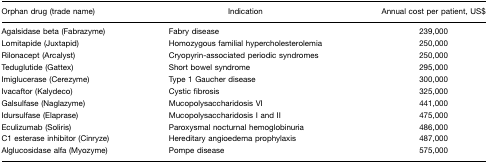
| Orphan drug (trade name) | Indication | Annual cost per patient, US$ |
 | --- | --- | --- |
 | Agalsidase beta (Fabrazyme) | Fabry disease | 239,000 |
 | Lomitapide (Juxtapid) | Homozygous familial hypercholesterolemia | 250,000 |
 | Rilonacept (Arcalyst) | Cryopyrin-associated periodic syndromes | 250,000 |
 | Teduglutide (Gattex) | Short bowel syndrome | 295,000 |
 | Imiglucerase (Cerezyme) | Type 1 Gaucher disease | 300,000 |
 | Ivacaftor (Kalydeco) | Cystic fibrosis | 325,000 |
 | Galsulfase (Naglazyme) | Mucopolysaccharidosis VI | 441,000 |
 | Idursulfase (Elaprase) | Mucopolysaccharidosis I and II | 475,000 |
 | Eculizumab (Soliris) | Paroxysmal nocturnal hemoglobinuria | 486,000 |
 | C1 esterase inhibitor (Cinryze) | Hereditary angioedema prophylaxis | 487,000 |
 | Alglucosidase alfa (Myozyme) | Pompe disease | 575,000 |